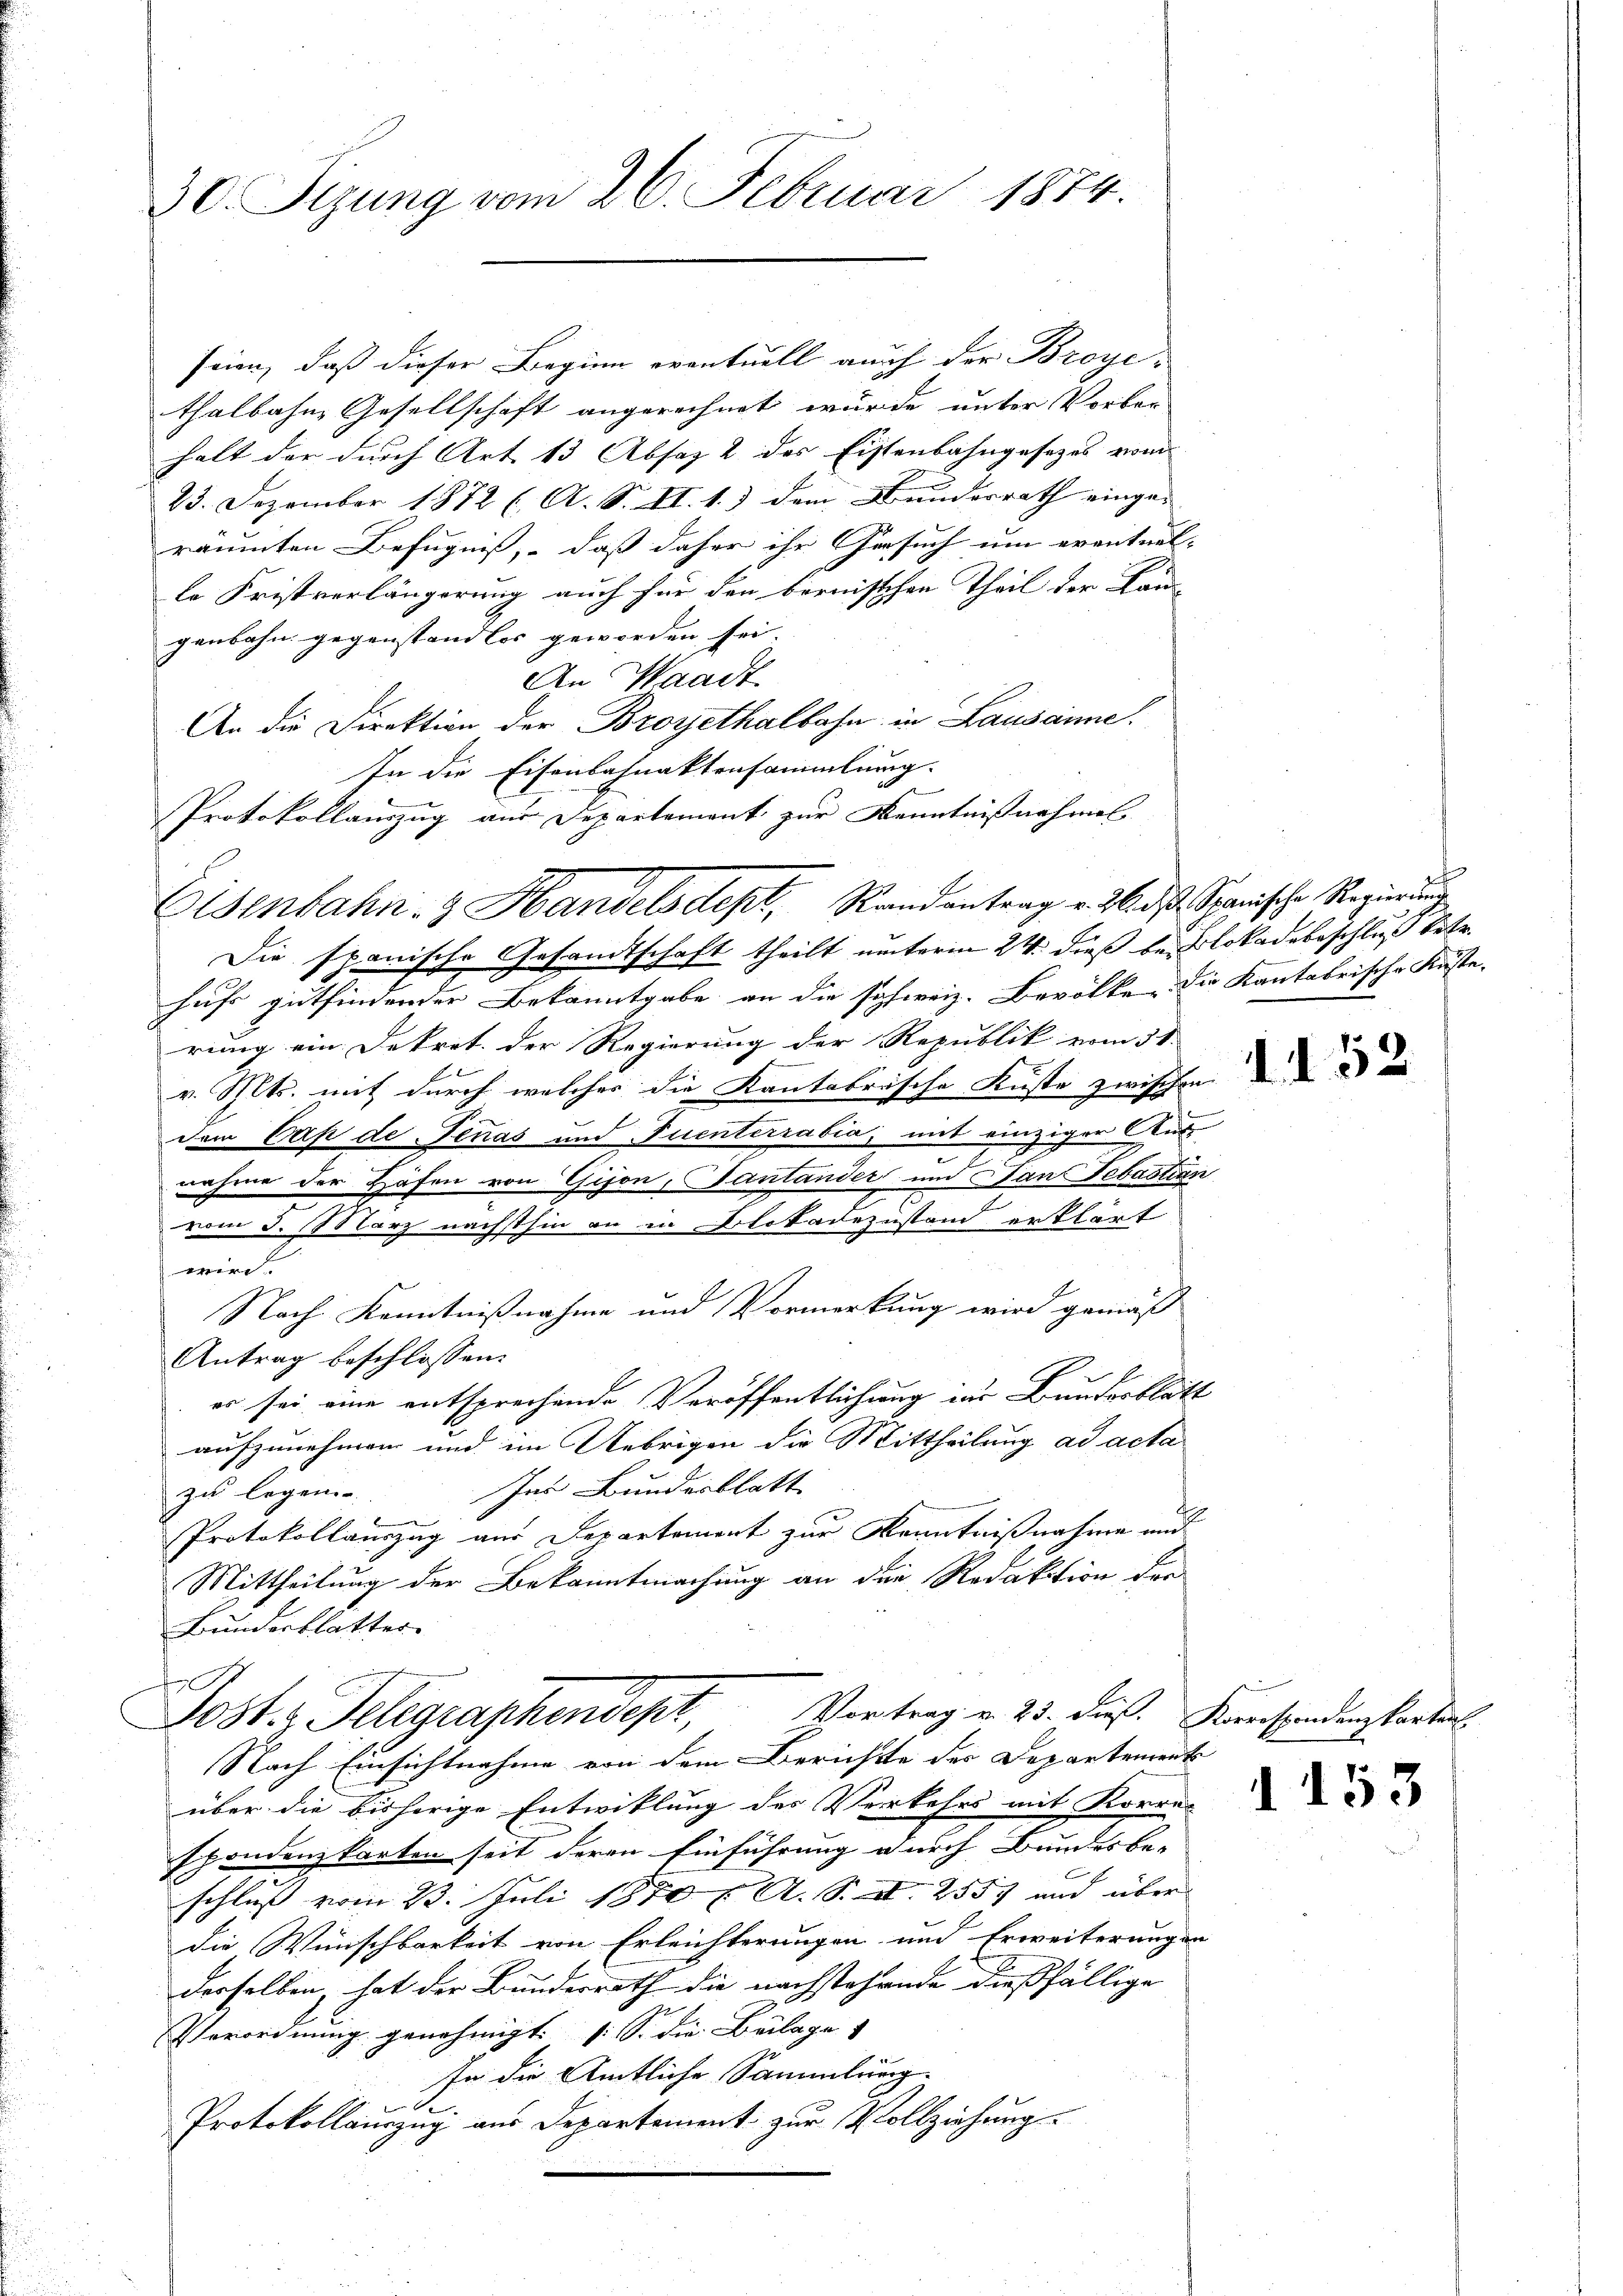
30. Sizung vom 26. Februar 1874.

seien, daß dieser Beginn eventuell auch der Broye-
thalbahn, Gesellschaft angerechnet wurde unter Vorber
halt der durch Art 13 Absaz 2 des Eistenbahngesezes vom
23. Dezember 1872 (. A. S. II. 1.) dem Bundesrath einge- |
räumten Befugniß, daß daher ihr Gesuch um eventuel-
le Fristverlängerung auch für den bernisschen Theil der Lan-
genbahn gegenstandlos geworden sei. |
An Waadt
An die Direktion der Broyethalbahn in Lausanne.
In die Eisenbahnaktensammlung.
Protokollauszug aus Departement zur Kenntnißnahmel
Die spanische Gesandtschaft theilt unterm 24. dieß belokadebeschluß betr.
hufs gutfindender Bekanntgabe an die schweiz. Bevölke, die Kantarische Küste.
rung ein Dekret der Regierung der Republik vom 31.
v. Mts. mit durch welcher die Kantarische Kuste zwischen de
dem Cap de Jenas und Fuentirrabia; mit einziger Aus
nahme der Häfen von Gison, Santander und Stant Sebastian
vom 3. März nächsthin an in Blokadezustand erklärt
wird.
Nach Kenntnißnahme und Vormerkung wird gemäß
Antrag beschlossen:
es sei eine entsprechende Veröffentlichung zur Bundesblatt
aufzunehmen und im Uebrigen die Mittheilung ad acta
Ins Bundesblatt
zu legen.
Protokollauszug aus Departement zur Kenntnißnahme und
Mittheilung der Bekanntmachung an die Redaktion der
Bundesblatter.
f
Post. Telegraphendept, Vortrag v. 25. dies. Korrestandungsorti
Nach Einsichtnahme von dem Berichte der Departements
über die bisherige Entwicklung des Verkehrs mit Korres
Ehondenzkarten seit deren Einführung durch Bundesbe-
schluß vom 23. Juli 1870 f. A. S. II. 2555 und über
Die Wünschbarkeit von Erleichterungen und Erweiterungen
derselben, hat der Bundesrath die nachstehende dießfällige
Verordnung genehmigt. (S. die Beilage
fe die Amtliche Sammlung.
e
Protokollauszug aus Departement zur Vollziehung

Osenbahn- & Handelsdept, Randantrag v. M ds Spanische Regierŭng

1153